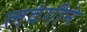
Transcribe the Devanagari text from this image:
लवंगीने